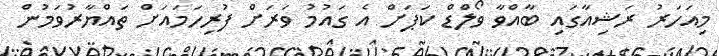
މިއަހަރު ރަޝިއާގައި ބާއްވާ ވޯލްޑް ކަޕަށް އެ ގައުމު ވަރަށް ފުރިހަމައަށް ތައްޔާރުވަމުން